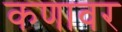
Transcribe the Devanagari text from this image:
कणावर